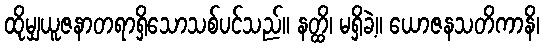
ထိုမျှယူဇနာတရာရှိသောသစ်ပင်သည်။ နတ္ထိ၊ မရှိခဲ့။ ယောဇနသတိကာနိ၊